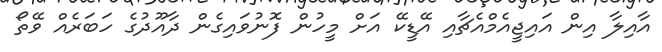
އާއިލާ އިން އައިޖީއެމްއެޗާއި އޭޑީކޭ އަށް މީހުން ފޮނުވައިގެން ދާއޫދުގެ ހަބަރެއް ވޭތޯ